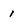
Character: i